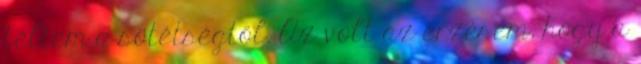
féltem a sötétségtől. Az volt az érzésem, hogy a